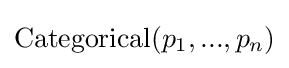
\mathrm {Categorical} (p_{1},...,p_{n})